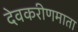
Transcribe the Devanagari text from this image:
देवकरीणमाता